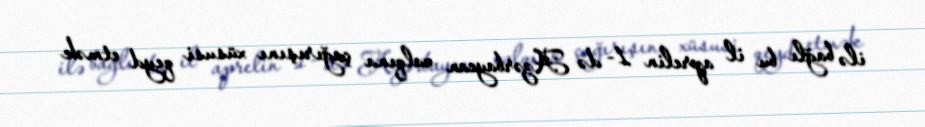
ilə bağlı bu il aprelin 1- də Azərbaycan xalqına çağırışını xüsusi qeyd etmək